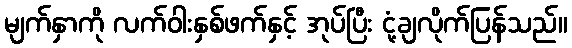
မျက်နှာကို လက်ဝါးနှစ်ဖက်နှင့် အုပ်ပြီး ငုံ့ချလိုက်ပြန်သည်။